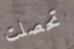
تحصلت